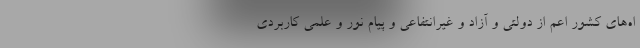
اه‌های کشور اعم از دولتی و آزاد و غیرانتفاعی و پیام نور و علمی کاربردی